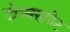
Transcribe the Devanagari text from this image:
दोब्बसपेट